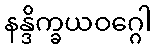
နန္ဒိက္ခယဝဂ္ဂေါ